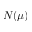
N ( \mu )